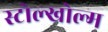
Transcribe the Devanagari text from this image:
स्टोल्खोल्म